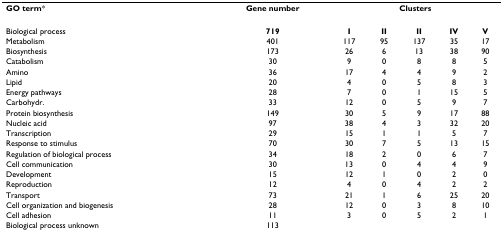
<table><thead><tr><td><b>GO term*</b></td><td><b>Gene number</b></td><td colspan="5"><b>Clusters</b></td></tr></thead><tbody><tr><td>Biological process</td><td><b>719</b></td><td><b>I</b></td><td><b>II</b></td><td><b>II</b></td><td><b>IV</b></td><td><b>V</b></td></tr><tr><td>Metabolism</td><td>401</td><td>117</td><td>95</td><td>137</td><td>35</td><td>17</td></tr><tr><td>Biosynthesis</td><td>173</td><td>26</td><td>6</td><td>13</td><td>38</td><td>90</td></tr><tr><td>Catabolism</td><td>30</td><td>9</td><td>0</td><td>8</td><td>8</td><td>5</td></tr><tr><td>Amino</td><td>36</td><td>17</td><td>4</td><td>4</td><td>9</td><td>2</td></tr><tr><td>Lipid</td><td>20</td><td>4</td><td>0</td><td>5</td><td>8</td><td>3</td></tr><tr><td>Energy pathways</td><td>28</td><td>7</td><td>0</td><td>1</td><td>15</td><td>5</td></tr><tr><td>Carbohydr.</td><td>33</td><td>12</td><td>0</td><td>5</td><td>9</td><td>7</td></tr><tr><td>Protein biosynthesis</td><td>149</td><td>30</td><td>5</td><td>9</td><td>17</td><td>88</td></tr><tr><td>Nucleic acid</td><td>97</td><td>38</td><td>4</td><td>3</td><td>32</td><td>20</td></tr><tr><td>Transcription</td><td>29</td><td>15</td><td>1</td><td>1</td><td>5</td><td>7</td></tr><tr><td>Response to stimulus</td><td>70</td><td>30</td><td>7</td><td>5</td><td>13</td><td>15</td></tr><tr><td>Regulation of biological process</td><td>34</td><td>18</td><td>2</td><td>0</td><td>6</td><td>7</td></tr><tr><td>Cell communication</td><td>30</td><td>13</td><td>0</td><td>4</td><td>4</td><td>9</td></tr><tr><td>Development</td><td>15</td><td>12</td><td>1</td><td>0</td><td>2</td><td>0</td></tr><tr><td>Reproduction</td><td>12</td><td>4</td><td>0</td><td>4</td><td>2</td><td>2</td></tr><tr><td>Transport</td><td>73</td><td>21</td><td>1</td><td>6</td><td>25</td><td>20</td></tr><tr><td>Cell organization and biogenesis</td><td>28</td><td>12</td><td>0</td><td>3</td><td>8</td><td>10</td></tr><tr><td>Cell adhesion</td><td>11</td><td>3</td><td>0</td><td>5</td><td>2</td><td>1</td></tr><tr><td>Biological process unknown</td><td>113</td><td></td><td></td><td></td><td></td><td></td></tr></tbody></table>